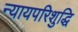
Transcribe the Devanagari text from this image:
न्यायपरिशुद्धि